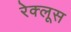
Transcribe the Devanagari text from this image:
रेक्लूस